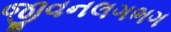
જીવનલગભગ